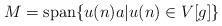
LaTeX: \begin{align*}M=\mbox{span}\{u(n)a| u(n)\in V[g]\}\end{align*}